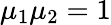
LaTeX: \mu_{1}\mu_{2}=1